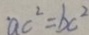
a c ^ { 2 } = b c ^ { 2 }